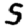
Digit: 5